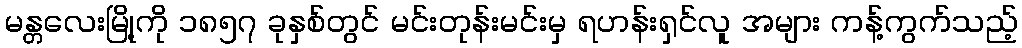
မန္တလေးမြို့ကို ၁၈၅၇ ခုနှစ်တွင် မင်းတုန်းမင်းမှ ရဟန်းရှင်လူ အများ ကန့်ကွက်သည့်